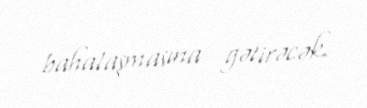
bahalaşmasına gətirəcək.